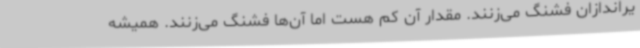
یراندازان فشنگ می‌زنند. مقدار آن کم هست اما آن‌ها فشنگ می‌زنند. همیشه